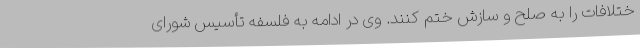
ختلافات را به صلح و سازش ختم کنند. وی در ادامه به فلسفه تأسیس شورای